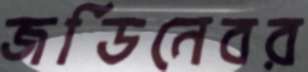
জর্ডিনেবর